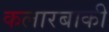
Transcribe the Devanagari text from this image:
कलारबाकी